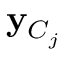
\mathbf { y } _ { C _ { j } }